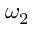
\omega _ { 2 }